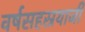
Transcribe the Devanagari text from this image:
वर्षसहस्रयाजी